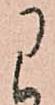
に